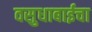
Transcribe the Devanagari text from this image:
वसुधाबाईचा